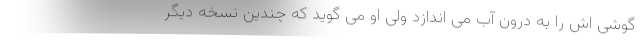
گوشی اش را به درون آب می اندازد ولی او می گوید که چندین نسخه دیگر